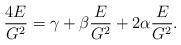
LaTeX: \begin{align*}\frac{4E}{G^2}=\gamma+\beta \frac{E}{G^2}+2\alpha \frac{E}{G^2}.\end{align*}